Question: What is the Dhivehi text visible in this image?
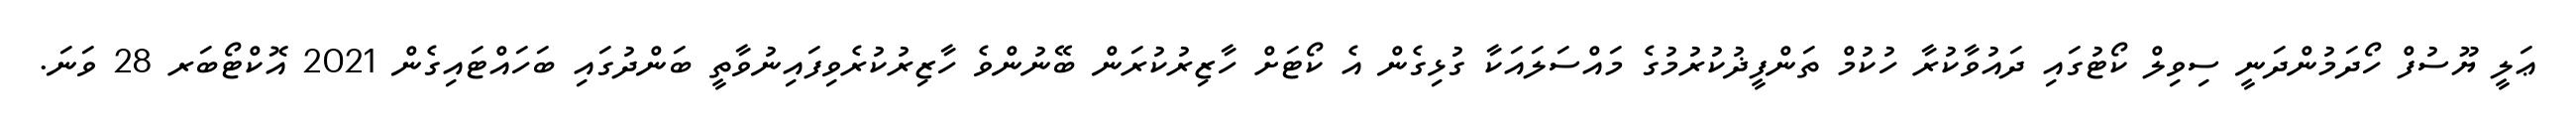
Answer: ޢަލީ ޔޫސުފް ހޯދަމުންދަނީ ސިވިލް ކޯޓުގައި ދައުވާކުރާ ހުކުމް ތަންފީޛުކުރުމުގެ މައްސަލައަކާ ގުޅިގެން އެ ކޯޓަށް ހާޒިރުކުރަން ބޭނުންވެ ހާޒިރުކުރެވިފައިނުވާތީ ބަންދުގައި ބަހައްޓައިގެން 2021 އޮކްޓޯބަރ 28 ވަނަ.